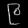
Digit: ၉